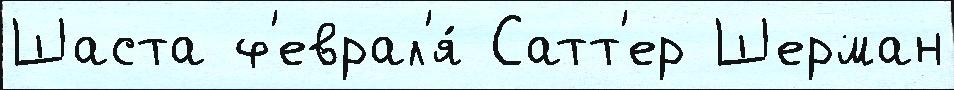
Шаста ф'еврал'я́ Сатт'ер Шерман